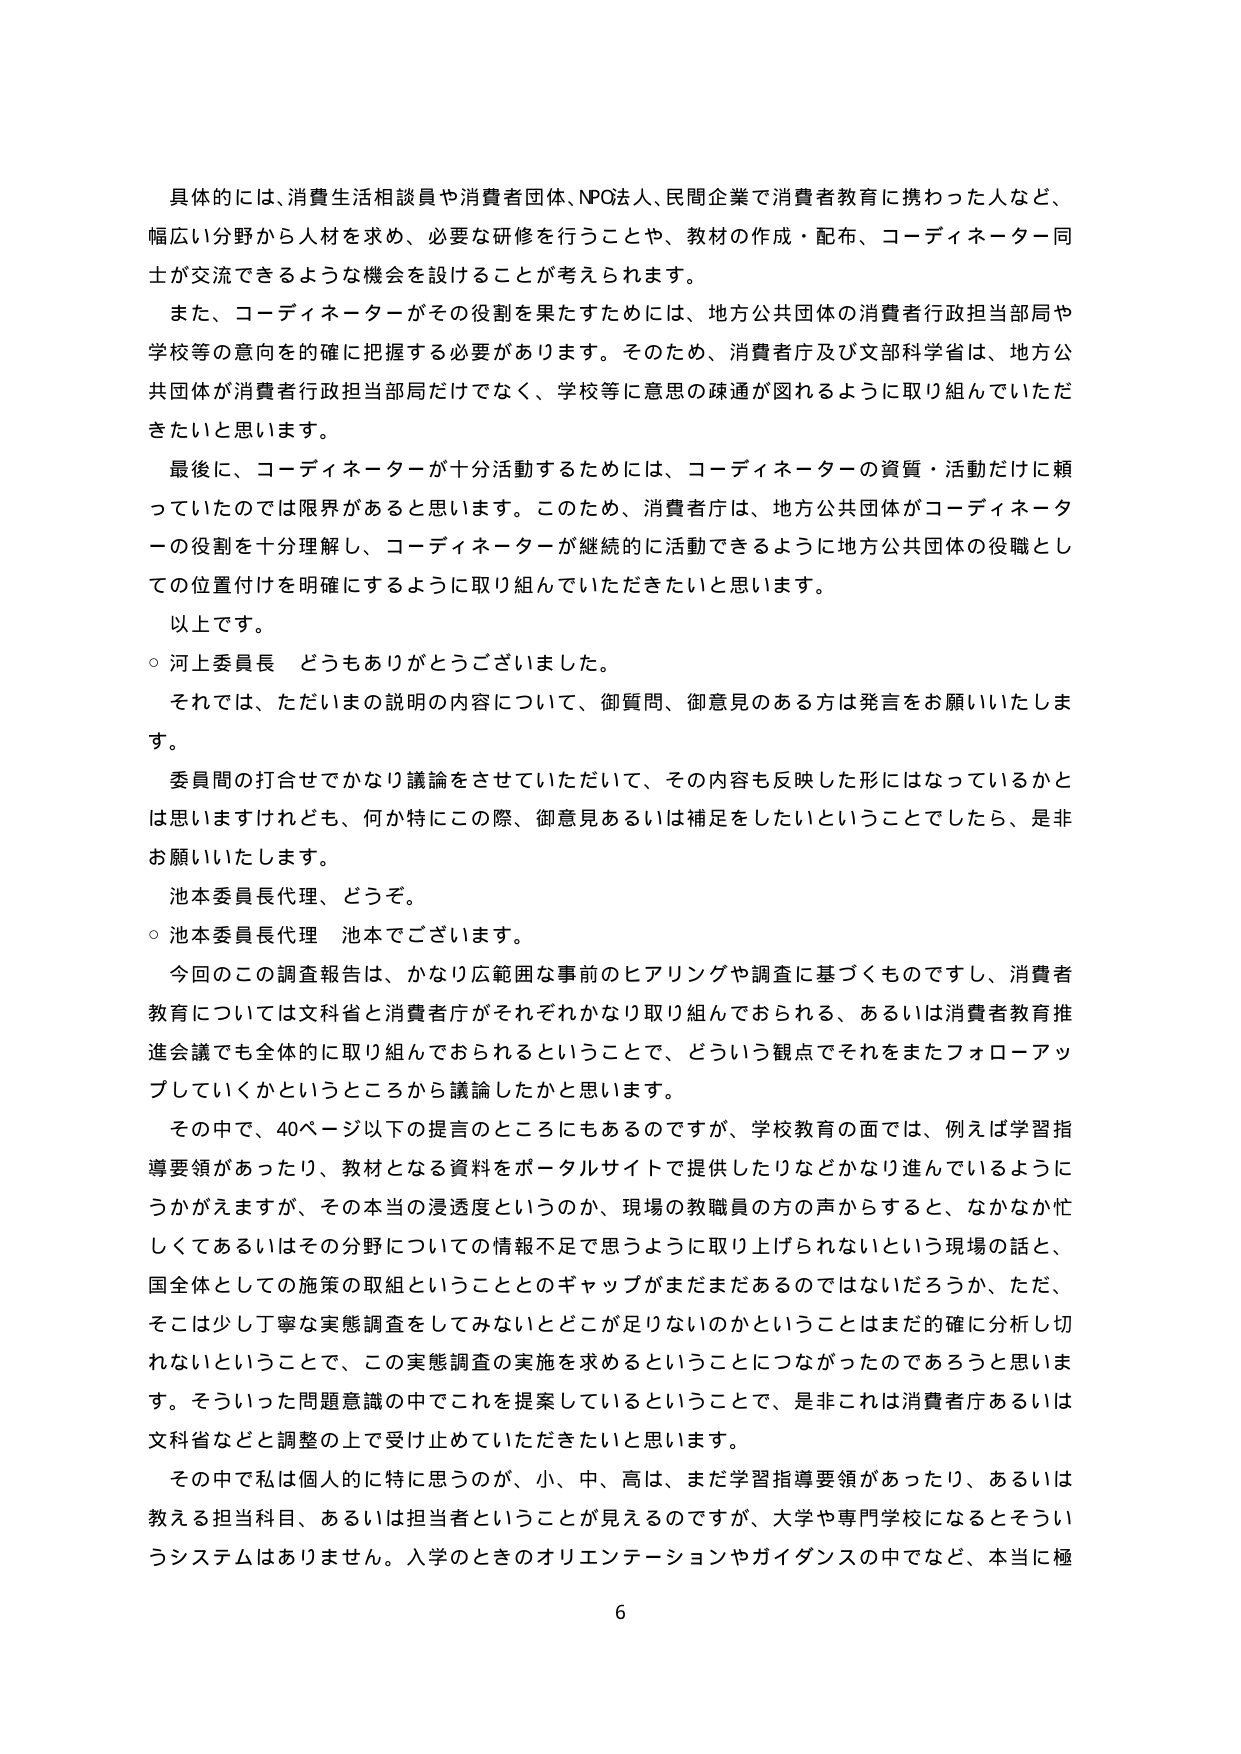
具体的には、消費生活相談員や消費者団体、NPO法人、民間企業で消費者教育に携わった人など、
幅広い分野から人材を求め、必要な研修を行うことや、教材の作成・配布、コーディネーター同
士が交流できるような機会を設けることが考えられます。
また、コーディネーターがその役割を果たすためには、地方公共団体の消費者行政担当部局や
学校等の意向を的確に把握する必要があります。そのため、消費者庁及び文部科学省は、地方公
共団体が消費者行政担当部局だけでなく、学校等に意思の疎通が図れるように取り組んでいただ
きたいと思います。
最後に、コーディネーターが十分活動するためには、コーディネーターの資質・活動だけに頼
っていたのでは限界があると思います。このため、消費者庁は、地方公共団体がコーディネータ
ーの役割を十分理解し、コーディネーターが継続的に活動できるように地方公共団体の役職とし
ての位置付けを明確にするように取り組んでいただきたいと思います。
以上です。
○ 河上委員長 どうもありがとうございました。
それでは、ただいまの説明の内容について、御質問、御意見のある方は発言をお願いいたしま
す。
委員間の打合せでかなり議論をさせていただいて、その内容も反映した形にはなっているかと
は思いますけれども、何か特にこの際、御意見あるいは補足をしたいということでしたら、是非
お願いいたします。
池本委員長代理、どうぞ。
○ 池本委員長代理 池本でございます。
今回のこの調査報告は、かなり広範囲な事前のヒアリングや調査に基づくものですし、消費者
教育については文科省と消費者庁がそれぞれかなり取り組んでおられる、あるいは消費者教育推
進会議でも全体的に取り組んでおられるということで、どういう観点でそれをまたフォローアッ
プしていくかというところから議論したかと思います。
その中で、40ページ以下の提言のところにもあるのですが、学校教育の面では、例えば学習指
導要領があったり、教材となる資料をポータルサイトで提供したりなどがかなり進んでいるように
うかがえますが、その本当の浸透度というのか、現場の教職員の方の声からすると、なかなか忙
しくてあるいはその分野についての情報不足で思うように取り上げられないという現場の話と、
国全体としての施策の取組ということとのギャップがまだまだあるのではないだろうか、ただ、
そこは少し丁寧な実態調査をしてみないとどこが足りないのかということはまだ確に分析し切
れないということで、この実態調査の実施を求めるということにつながったのであろうと思いま
す。そういった問題意識の中でこれを提案しているということで、是非これは消費者庁あるいは
文科省などと調整の上で受け止めていただきたいと思います。
その中で私は個人的に特に思うのが、小、中、高は、まだ学習指導要領があったり、あるいは
教える担当科目、あるいは担当者ということが見えるのですが、大学や専門学校になるとそうい
うシステムはありません。入学のときのオリエンテーションやガイダンスの中でなど、本当に極
6